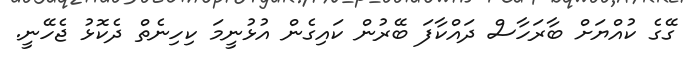
ގޭގެ ކުއްޔަށް ބާރަހާސް ދައްކާފަ ބޭރުން ކައިގެން އުޅުނީމަ ކިހިނެތް ދެކޮޅު ޖެހޭނީ.